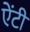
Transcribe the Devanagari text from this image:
एेंटी